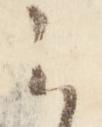
云